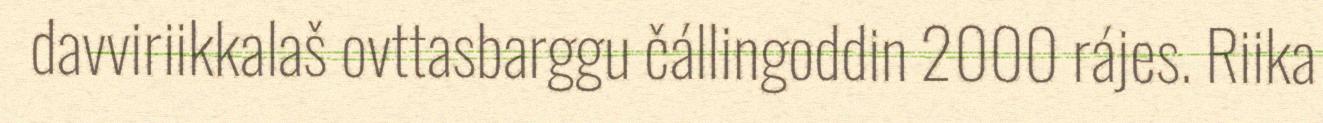
davviriikkalaš ovttasbarggu čállingoddin 2000 rájes. Riika